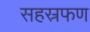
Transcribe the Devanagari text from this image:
सहस्रफण